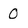
Character: 0